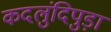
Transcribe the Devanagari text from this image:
कदलुंदिपुड़ा